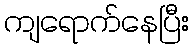
ကျရောက်နေပြီး